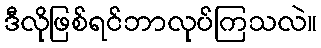
ဒီလိုဖြစ်ရင်ဘာလုပ်ကြသလဲ။